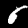
Label: 6